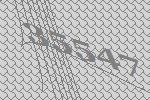
35547